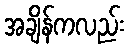
အချိန်ကလည်း